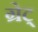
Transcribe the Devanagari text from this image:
ग्रेट्